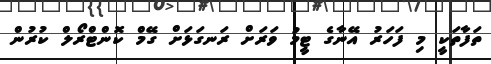
ތަފާތަކީ މި ފަހަރު އޭނާގެ ޓީމު ވަރަށް ރަނގަޅަށް ގޭމް ކޮންޓްރޯލް ކުރުން